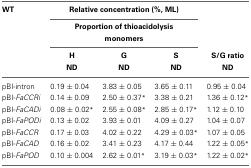
<table><thead><tr><td><b>WT</b></td><td colspan="3"><b>Relative concentration (%, ML)</b></td><td></td></tr><tr><td></td><td colspan="3"><b>Proportion of thioacidolysis monomers</b></td><td></td></tr><tr><td></td><td><b>H</b></td><td><b>G</b></td><td><b>S</b></td><td><b>S/G ratio</b></td></tr><tr><td></td><td><b>ND</b></td><td><b>ND</b></td><td><b>ND</b></td><td><b>ND</b></td></tr></thead><tbody><tr><td>pBI-intron</td><td>0.19 ± 0.04</td><td>3.83 ± 0.05</td><td>3.65 ± 0.11</td><td>0.95 ± 0.04</td></tr><tr><td>pBI-<i>FaCCRi</i></td><td>0.14 ± 0.09</td><td>2.50 ± 0.37<sup>*</sup></td><td>3.38 ± 0.21</td><td>1.36 ± 0.12<sup>*</sup></td></tr><tr><td>pBI-<i>FaCADi</i></td><td>0.08 ± 0.02<sup>*</sup></td><td>2.55 ± 0.08<sup>*</sup></td><td>2.85 ± 0.17<sup>*</sup></td><td>1.12 ± 0.10</td></tr><tr><td>pBI-<i>FaPODi</i></td><td>0.13 ± 0.02</td><td>3.93 ± 0.01</td><td>4.09 ± 0.27</td><td>1.04 ± 0.07</td></tr><tr><td>pBI-<i>FaCCR</i></td><td>0.17 ± 0.03</td><td>4.02 ± 0.22</td><td>4.29 ± 0.03<sup>*</sup></td><td>1.07 ± 0.05</td></tr><tr><td>pBI-<i>FaCAD</i></td><td>0.16 ± 0.02</td><td>3.41 ± 0.23</td><td>4.17 ± 0.44</td><td>1.22 ± 0.05<sup>*</sup></td></tr><tr><td>pBI-<i>FaPOD</i></td><td>0.10 ± 0.004</td><td>2.62 ± 0.01<sup>*</sup></td><td>3.19 ± 0.03<sup>*</sup></td><td>1.22 ± 0.02<sup>*</sup></td></tr></tbody></table>